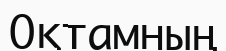
Оқтамның